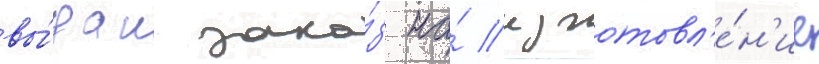
вы́дан зака́з на́ изготовл'е́н'ие